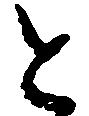
と